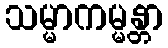
သမ္မာကမ္မန္တာ